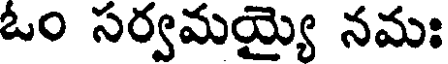
ఓం సర్వమయ్యై నమః